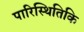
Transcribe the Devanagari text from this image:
पारिस्थितिकि